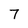
Character: 7